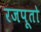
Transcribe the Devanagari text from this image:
रजपूतो